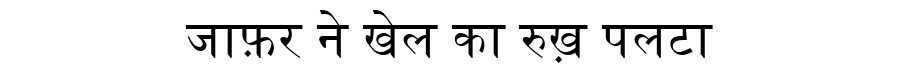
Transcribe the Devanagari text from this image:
जाफ़र ने खेल का रुख़ पलटा